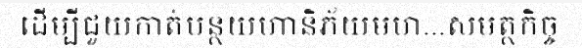
ដើម្បីជួយកាត់បន្ថយហានិភ័យមហ...សមត្ថកិច្ច